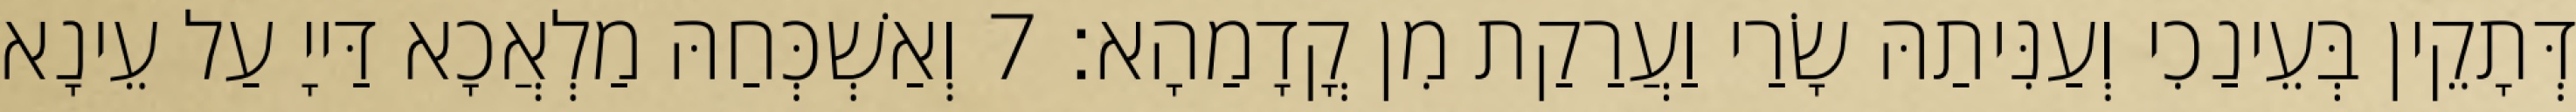
דְּתָקֵין בְּעֵינַכִי וְעַנִּיתַהּ שָׂרַי וַעֲרַקַת מִן קֳדָמַהָא׃ 7 וְאַשְׁכְּחַהּ מַלְאֲכָא דַּייָ עַל עֵינָא